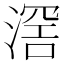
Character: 滘